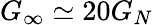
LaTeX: G_{\infty}\simeq 20G_{N}